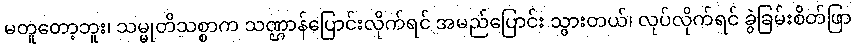
မတူတော့ဘူး၊ သမ္မုတိသစ္စာက သဏ္ဌာန်ပြောင်းလိုက်ရင် အမည်ပြောင်း သွားတယ်၊ လုပ်လိုက်ရင် ခွဲခြမ်းစိတ်ဖြာ